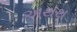
અથથ